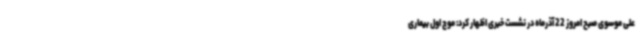
علی موسوی صبح امروز 22 آذرماه در نشست خبری اظهار کرد: موج اول بیماری